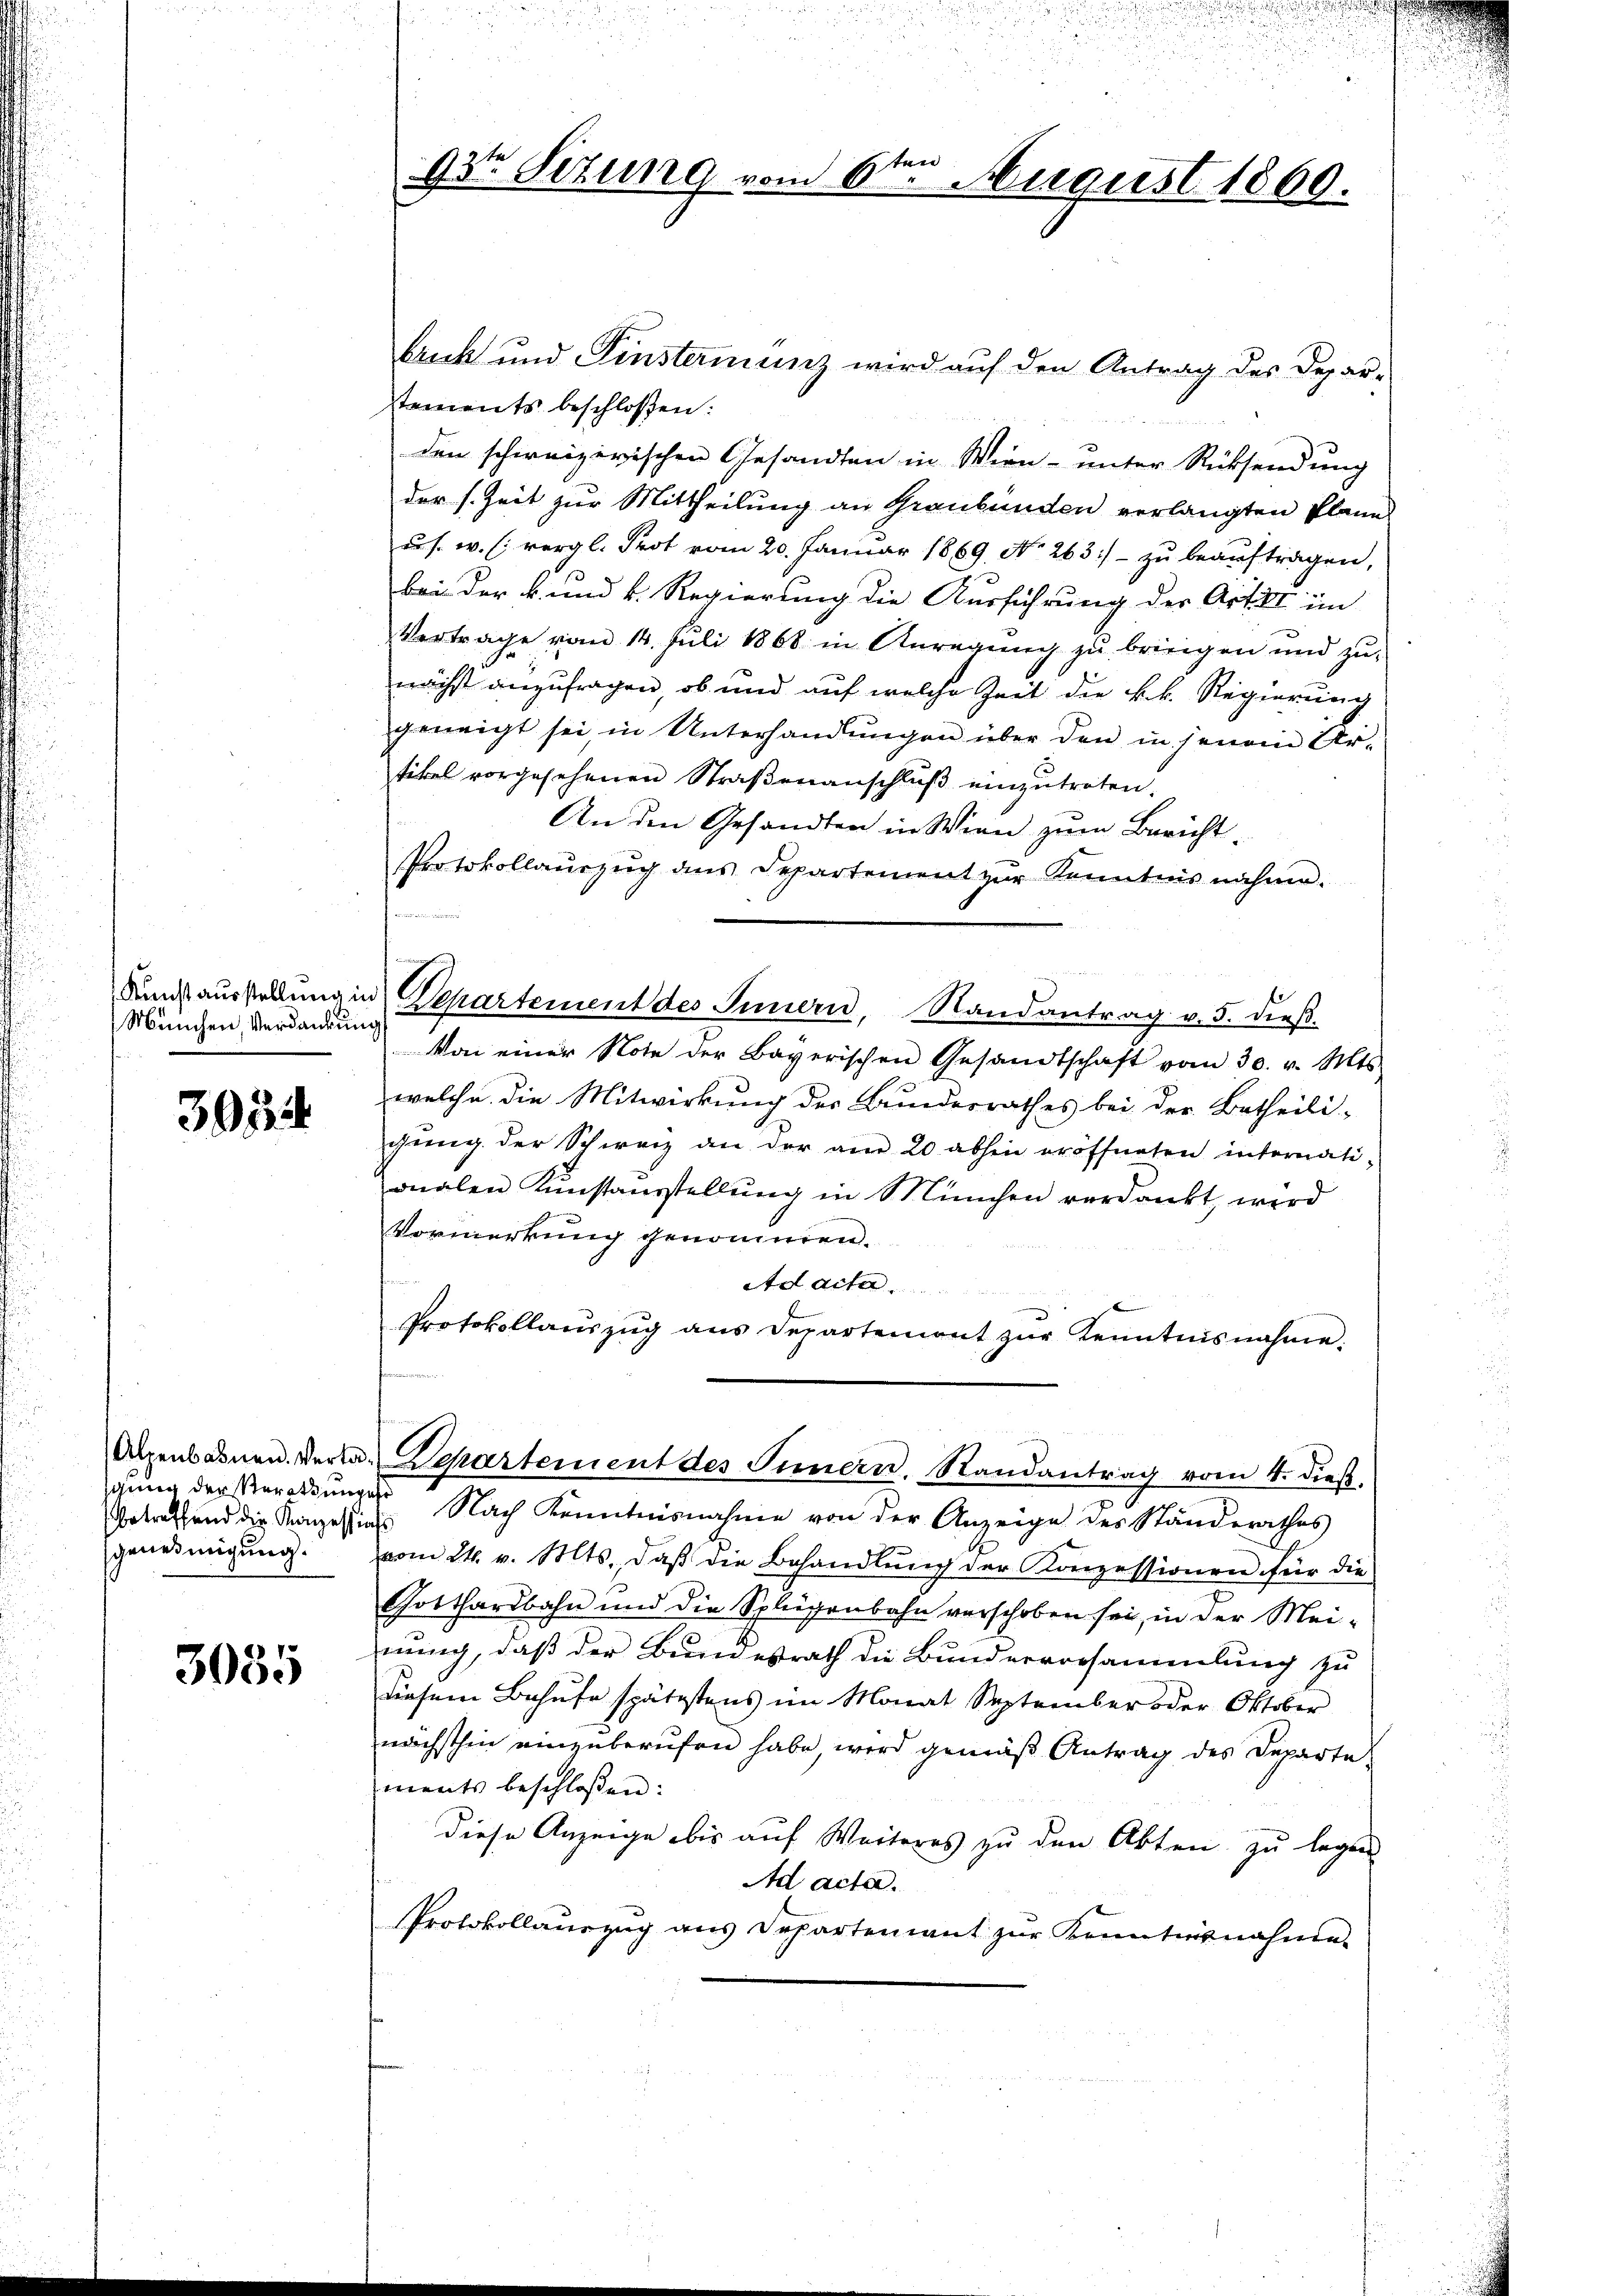
München, Verdankung

3934

igung der Beratungese
genehmigung.

3085

n
93te Situng vom 6. August 1860.

bruck und Finsterminz wird auf den Antrag des Deparstements beschlossen:
den schweizerischen Gesandten in Wien- unter Rücksendung
der s. Zeit zur Mittheilung an Graubünden verlangten Planes
u s. w. (vergl. Prot vom 20. Januar 1869. No 263:) - zu beauftragen,
bei der k. und k. Regierung die Ausführung der Artill im
Vertrage vom 14. Juli 1868 in Anregung zu bringen und zu-
nächst anzufragen, ob und auf welche Zeit die kk. Regierung
geneigt sei, in Unterhandlungen über den in jenem Artikel vorgesehenen Straßenanschluß einzutreten.
An den Gesandten in Wien zum Bericht
Protokollaŭszŭg ans Departement zŭr Kenntnisnahme.
Kundsausstellung in Departement des Innern, Randantrag v. 5. dieß
Von einer Note der Bayerischen Gesandtschaft vom 30. v. Mts.
welche die Mitwirkung des Bundesrathes bei der Betheili-
gung der Schweiz an der am 20 abhin eröffneten internationalen Kunstaŭsstellŭng in München verdankt, wird
Vormerkung genommen.
Addita
Protokollaŭszŭg ans Departemont zŭr Kenntnisnahme.
Alpenbahnen Verla-Departement des Innern. Randantrag vom 4. dieβ.
betreffend die Konzessin. Nach Kenntnisnahme von der Anzeige des Standerathes
vom 24. v. Mts. daβ die Behandlŭng der Konzessionen für die
Gotthardbahn und die Splügenbahn verschoben sei, in der Mei-
nung, daß der Bundesrath die Bunderrorsammlung zu
diesem Behufe spätestens im Monat September oder Oktober
nächsthin einzuberufen habe, wird gemäß Antrag des Departe
ments beschlossen:
diese Anzeige bis auf Weiteres zu den Akten zu legen
Ad acta.
Protokollauszug aus Departement zur Kenntnisnahme.